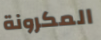
المكرونة